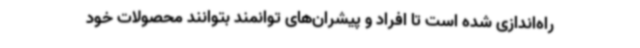
راه‌اندازی شده است تا افراد و پیشران‌های توانمند بتوانند محصولات خود